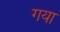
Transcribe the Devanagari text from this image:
गया